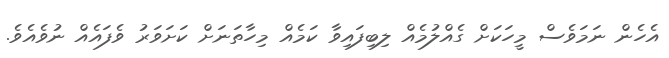
އެހެން ނަމަވެސް މީހަކަށް ގެއްލުމެއް ލިބިފައިވާ ކަމެއް މިހާތަނަށް ކަށަވަރު ވެފައެއް ނުވެއެވެ.